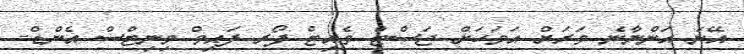
އޭނަ އަންނާނެ ވަރަށް އަވަހަށް ޖަސްޓް ވެއިޓް ފޯރ ފައިވް މިނިޓްސް އެންޑް-